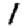
Digit: 1